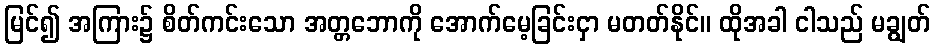
မြင်၍ အကြား၌ စိတ်ကင်းသော အတ္တဘောကို အောက်မေ့ခြင်းငှာ မတတ်နိုင်။ ထိုအခါ ငါသည် မချွတ်